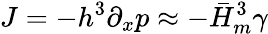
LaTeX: J=-h^{3}\partial_{x}p\approx-\bar{H}_{m}^{3}\gamma